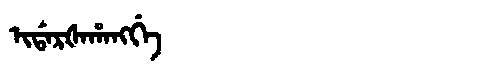
Manchu: ᡳᡩᠠᡵᡧᠠᡥᠠᠩᡤᡝ
Romanization: IDARŠAHANGGE